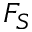
F _ { S }